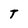
Character: T